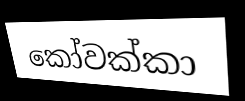
කෝවක්කා